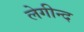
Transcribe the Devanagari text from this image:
लेगीन्द